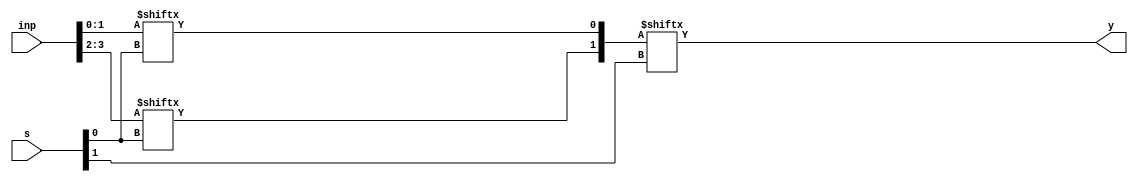
module Q4(inp, s, y);
	input [3:0]inp;
	input [1:0]s;
	wire [1:0]temp;
	output y;
	function automatic reg mux2to1;
	input [1:0]i;
	input sel;
	begin
		mux2to1 = i[sel];
		end
	endfunction
	assign temp[0] = mux2to1(inp[1:0],s[0]);
	assign temp[1] = mux2to1(inp[3:2],s[0]);
	assign y =mux2to1(temp[1:0],s[1]);
endmodule